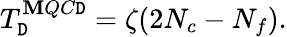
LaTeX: T_{\mathtt{D}}^{\mathbf{M}QC\mathtt{D}}=\zeta(2N_{c}-N_{f}).